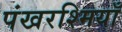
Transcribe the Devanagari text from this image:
पंखरश्मियाँ